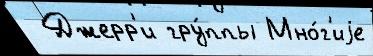
 Джерр'и гру́ппы Мно́г'иjе